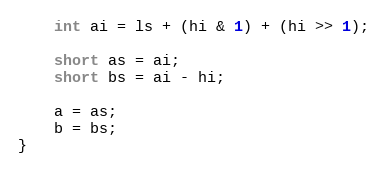
Language: C++
    int ai = ls + (hi & 1) + (hi >> 1);

    short as = ai;
    short bs = ai - hi;

    a = as;
    b = bs;
}